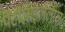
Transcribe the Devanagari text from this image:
पेंटोज़ाइलेलीज़